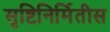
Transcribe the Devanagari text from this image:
सृष्टिनिर्मितीस